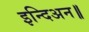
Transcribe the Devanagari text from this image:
इन्दिअन॥